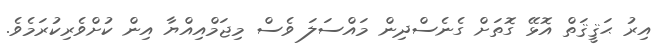
އިރު ޙަޤީޤަތް އޮޅޭ ގޮތަށް ގެނެސްދިން މައްސަލަ ވެސް މިޖަމްއިއްޔާ އިން ކުށްވެރިކުރަމެވެ.